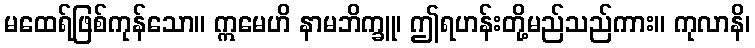
မထေရ်ဖြစ်ကုန်သော။ ဣမေဟိ နာမဘိက္ခူ၊ ဤရဟန်းတို့မည်သည်ကား။ ကုလာနိ၊